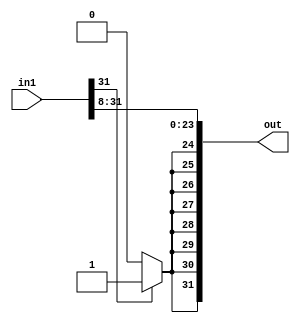
module bit8_SRA(in1, out);

input [31:0] in1;
output [31:0] out;

genvar c;
   generate
	for(c=0; c<=23;c=c+1) begin: loop1
	
	assign out[c] = in1[c+8];
	
	end
	endgenerate

assign out[24] = in1[31] ? 1'b1 : 1'b0;

assign out[25] = out[24];
assign out[26] = out[24];
assign out[27] = out[24];
assign out[28] = out[24];
assign out[29] = out[24];
assign out[30] = out[24];
assign out[31] = out[24];
endmodule